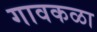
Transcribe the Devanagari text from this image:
गावकळा